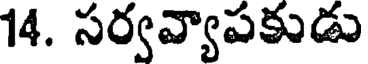
14. సర్వవ్యాపకుడు